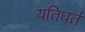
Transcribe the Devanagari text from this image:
यतिधर्त